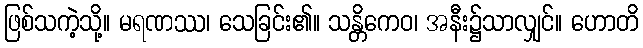
ဖြစ်သကဲ့သို့။ မရဏဿ၊ သေခြင်း၏။ သန္တိကေဝ၊ အနီး၌သာလျှင်။ ဟောတိ